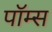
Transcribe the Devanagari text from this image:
पॉम्स